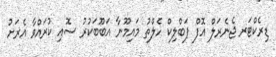
ޑިރެކްޓަރ ޖެނެރަލް އޮފް ޕަބްލިކް ހެލްތު މައިމޫނާ އަބޫބަކުރު ސޮއި ކުރައްވާ އެރަށު